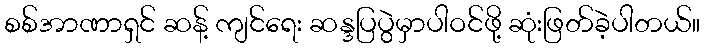
စစ်အာဏာရှင် ဆန့် ကျင်ရေး ဆန္ဒပြပွဲမှာပါဝင်ဖို့ ဆုံးဖြတ်ခဲ့ပါတယ်။